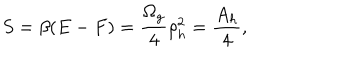
S = \beta ( E - F ) = { \frac { \Omega _ { g } } { 4 } } \rho _ { h } ^ { 2 } = { \frac { A _ { h } } { 4 } } ,